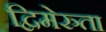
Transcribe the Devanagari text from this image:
द्विमेरुता